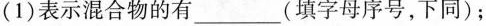
(1)表示混合物的有_-(填字母序号，下同)；